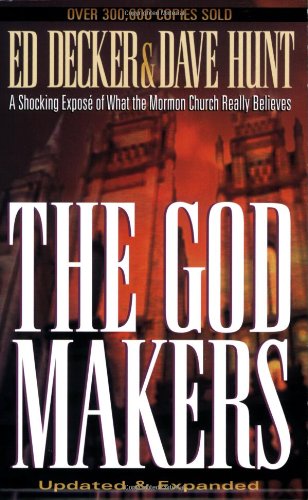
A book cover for The God Makers: A Shocking Expose of What the Mormon Church Really Believes; Ed Decker; Christian Books & Bibles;